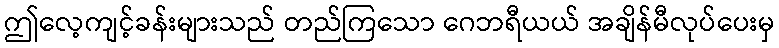
ဤလေ့ကျင့်ခန်းများသည် တည်ကြသော ဂေဘရီယယ် အချိန်မီလုပ်ပေးမှ